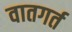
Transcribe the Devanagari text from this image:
वातगर्त